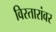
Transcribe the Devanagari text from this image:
विस्तारांवर